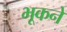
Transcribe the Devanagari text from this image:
भूकने